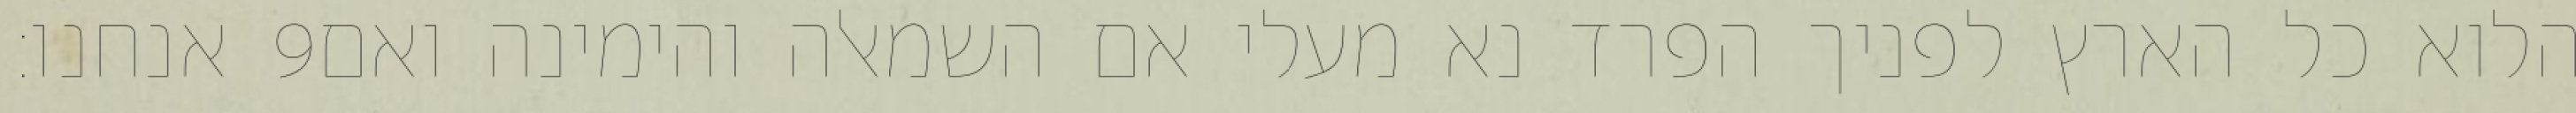
אנחנו׃ ‎9‏ הלוא כל הארץ לפניך הפרד נא מעלי אם השמאלה והימינה ואם